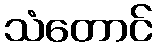
သံတောင်